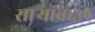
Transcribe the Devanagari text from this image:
साऱ्यांबद्दल